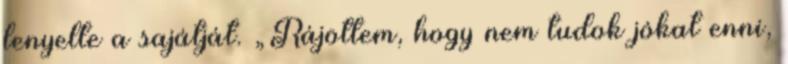
lenyelte a sajátját. „Rájöttem, hogy nem tudok jókat enni,